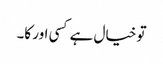
تو خیال ہے کسی اور کا۔